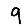
Digit: 9